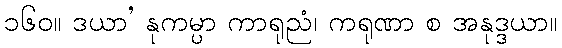
၁၆၀။ ဒယာ’ နုကမ္ပာ ကာရုညံ၊ ကရုဏာ စ အနုဒ္ဒယာ။